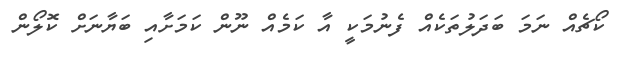
ކޯޗެއް ނަމަ ބަދަލުތަކެއް ފެނުމަކީ އާ ކަމެއް ނޫން ކަމަށާއި ބަޔާނަށް ކޮލޯން